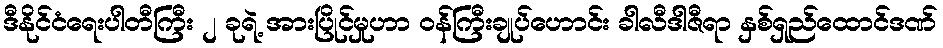
ဒီနိုင်ငံရေးပါတီကြီး ၂ ခုရဲ့ အားပြိုင်မှုဟာ ဝန်ကြီးချုပ်ဟောင်း ခါလီဒါဇီရာ နှစ်ရှည်ထောင်ဒဏ်